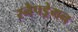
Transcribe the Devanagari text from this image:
स्नैपड्रेगन